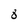
Character: 8